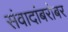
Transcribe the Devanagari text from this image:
संवादांबरोबर